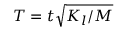
T = t \sqrt { K _ { l } / M }